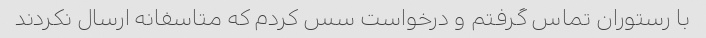
با رستوران تماس گرفتم و درخواست سس کردم که متاسفانه ارسال نکردند